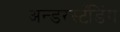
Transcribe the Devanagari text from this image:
अन्डरस्टँडिंग